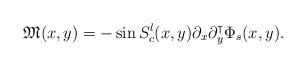
LaTeX: \begin{align*}\mathfrak M(x,y)=- \sin S_c^l(x,y) \partial_x \partial_y^{\intercal} \Phi_s(x,y).\end{align*}